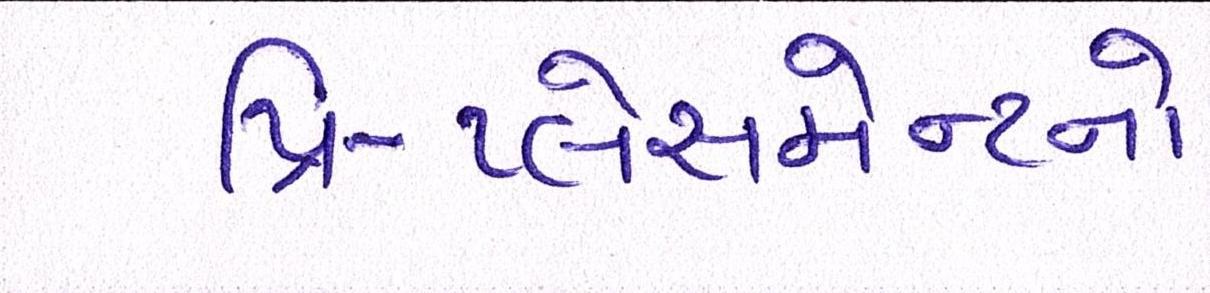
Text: પ્રિ-પ્લેસમેન્ટનો